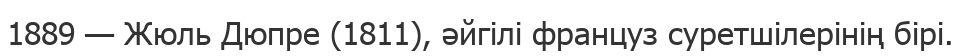
1889 — Жюль Дюпре (1811), әйгілі француз суретшілерінің бірі.